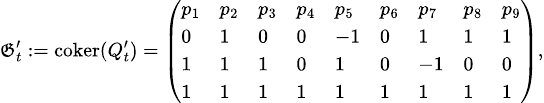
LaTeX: {\scriptsize\mathfrak{G}_{t}^{\prime}:=\mathrm{{coker}}(Q_{t}^{\prime})=\left(\begin{array}{lllllllll}{{p_{1}}}&{{p_{2}}}&{{p_{3}}}&{{p_{4}}}&{{p_{5}}}&{{p_{6}}}&{{p_{7}}}&{{p_{8}}}&{{p_{9}}}\\ {{0}}&{{1}}&{{0}}&{{0}}&{{-1}}&{{0}}&{{1}}&{{1}}&{{1}}\\ {{1}}&{{1}}&{{1}}&{{0}}&{{1}}&{{0}}&{{-1}}&{{0}}&{{0}}\\ {{1}}&{{1}}&{{1}}&{{1}}&{{1}}&{{1}}&{{1}}&{{1}}&{{1}}\end{array}\right),}